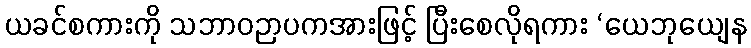
ယခင်စကားကို သဘာဝဉာပကအားဖြင့် ပြီးစေလိုရကား ‘ယေဘုယျေန